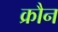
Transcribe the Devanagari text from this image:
क्रौन